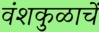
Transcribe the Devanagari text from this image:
वंशकुळाचें